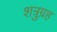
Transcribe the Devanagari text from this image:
शत्रुग्रह